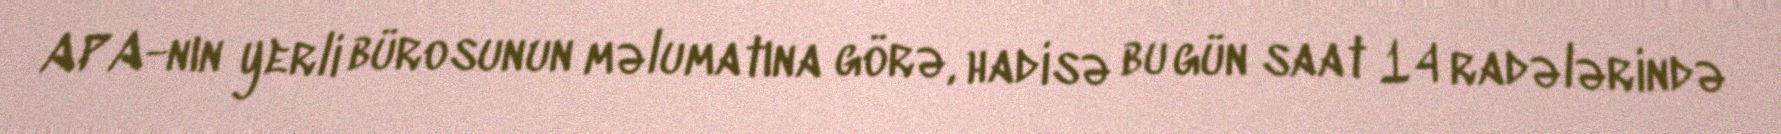
APA-nın yerli bürosunun məlumatına görə, hadisə bu gün saat 14 radələrində